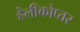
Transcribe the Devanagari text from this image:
हेलीकोप्तर